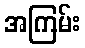
အကြမ်း